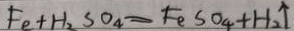
F e + H _ { 2 } S O _ { 4 } = F e S O _ { 4 } + H _ { 2 } \uparrow